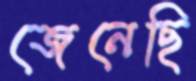
জেনেছি